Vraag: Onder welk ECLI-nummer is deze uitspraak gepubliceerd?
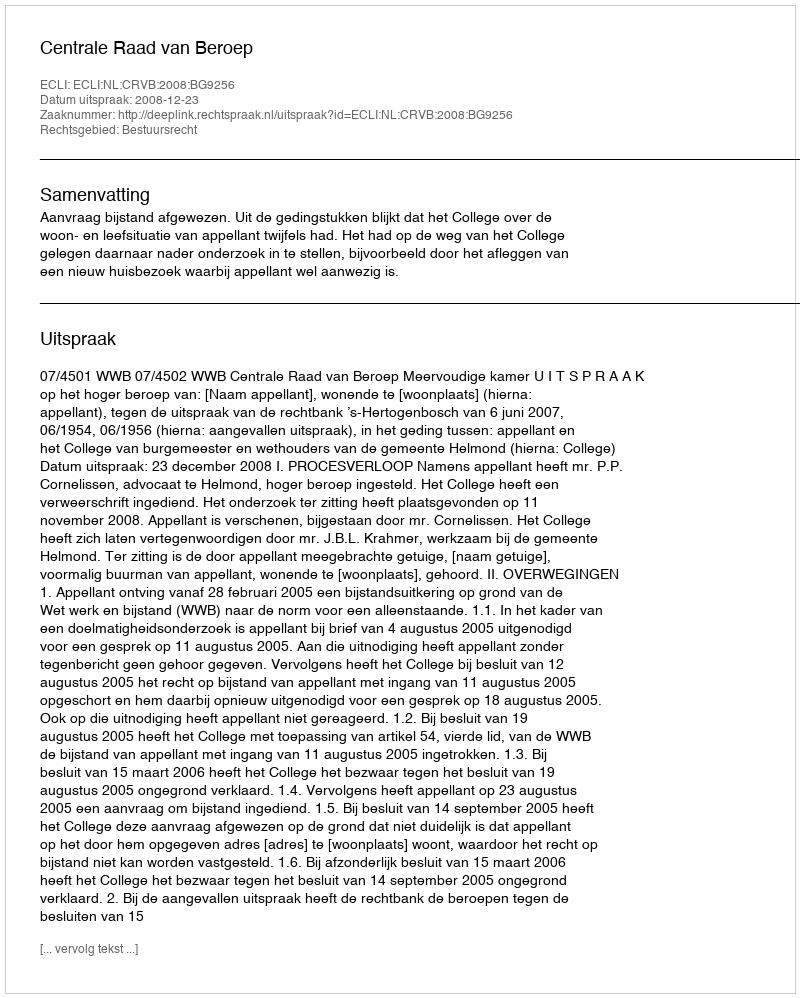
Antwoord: ECLI:NL:CRVB:2008:BG9256